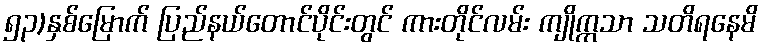
၅၃)နှစ်မြောက် ပြည်နယ်တောင်ပိုင်းတွင် ကားတိုင်လမ်း ကျိုက္ကသာ သတိရနေမိ